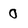
Character: O